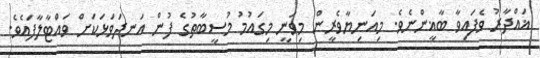
ޣައްދާރު ވެފައިވާ ބާޣީންނެވެ. މިއަނިޔާވެރީން މިވަނީ މިގައުމު މުސީބާތުގެ ފުން އަނދަވަޅަކަށް ވައްޓާލާފައެވެ.